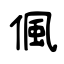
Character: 偑